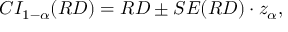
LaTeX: C I _ { 1 - \alpha } ( R D ) = R D \pm S E ( R D ) \cdot z _ { \alpha } ,